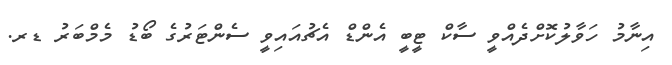
އިނާމު ހަވާލުކޮށްދެއްވީ ސާކް ޓީބީ އެންޑް އެޗުއައިވީ ސެންޓަރުގެ ބޯޑު މެމްބަރު ޑރ.